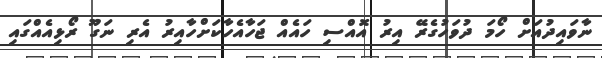
ނާވައިދުއަށް ހޯމަ ދުވަހުގެރޭ އިރު އޮއްސި ހައެއް ޖަހާއެހާކަށްހާއިރު އެރި ނަގޫ ރޯޅިއެއްގައި